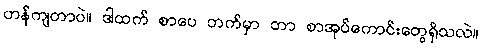
ဟန်ကျတာပဲ။ ဒါထက် စာပေ ဘက်မှာ ဘာ စာအုပ်ကောင်းတွေရှိသလဲ။